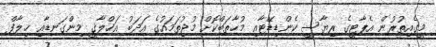
މީގެއިތުރުން އެޕާޓީގެ ރިޔާސީ ކެންޑިޑޭޓާއި މުޚާތަބްކޮށް މުޖުތަމައުގެ އަދަބު އަޚްލާޤީ މިންގަނޑާއި ޚިލާފް